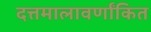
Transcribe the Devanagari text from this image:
दत्तमालावर्णांकित